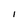
Character: I